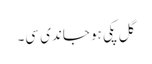
گل پکی ہو جاندی سی۔